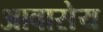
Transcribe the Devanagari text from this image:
आवासेय